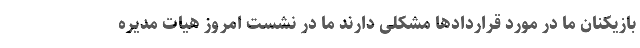
بازیکنان ما در مورد قراردادها مشکلی دارند ما در نشست امروز هیات مدیره